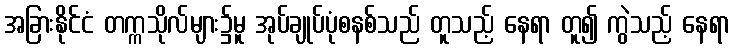
အခြားနိုင်ငံ တက္ကသိုလ်များ၌မူ အုပ်ချုပ်ပုံစနစ်သည် တူသည့် နေရာ တူ၍ ကွဲသည့် နေရာ